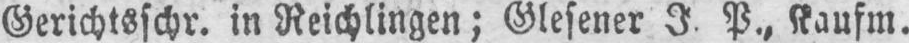
P., Kaufm.